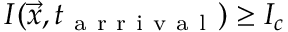
I ( \vec { x } , t _ { \mathrm { ~ a ~ r ~ r ~ i ~ v ~ a ~ l ~ } } ) \geq I _ { c }